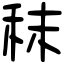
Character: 秣